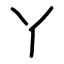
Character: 丫